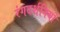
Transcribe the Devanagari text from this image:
रंगदर्शनियों